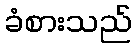
ခံစားသည်